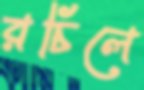
রচিলে